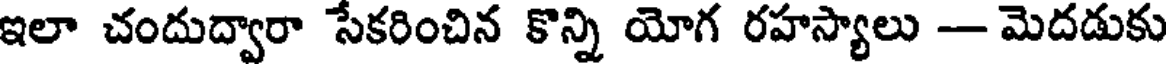
ఇలా చందుద్వారా సేకరించిన కొన్ని యోగ రహస్యాలు -- మెదడుకు